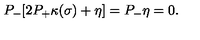
P _ { - } [ 2 P _ { + } \kappa ( \sigma ) + \eta ] = P _ { - } \eta = 0 .